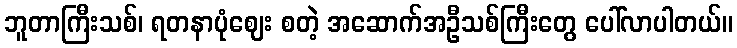
ဘူတာကြီးသစ်၊ ရတနာပုံဈေး စတဲ့ အဆောက်အဦသစ်ကြီးတွေ ပေါ်လာပါတယ်။